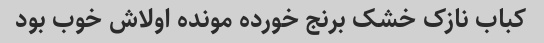
کباب نازک خشک برنج خورده مونده اولاش خوب بود